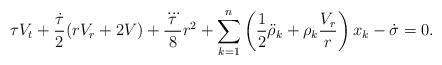
LaTeX: \begin{align*} \tau V_t+\frac{\dot{\tau}}{2}(rV_r+2 V)+\frac{\dddot{\tau}}{8}r^2+\sum_{k=1}^n\left(\frac{1}{2}\ddot{\rho}_k+\rho_k\frac{V_r}{r}\right)x_k-\dot{\sigma}=0.\end{align*}